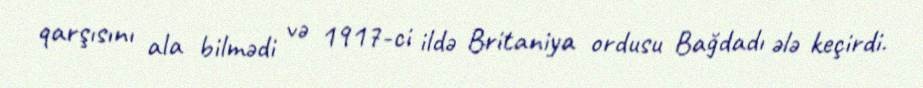
qarşısını ala bilmədi və 1917-ci ildə Britaniya ordusu Bağdadı ələ keçirdi.